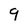
Character: 9